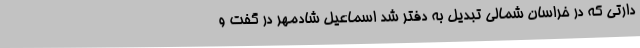
دارتی که در خراسان شمالی تبدیل به دفتر شد اسماعیل شادمهر در گفت و